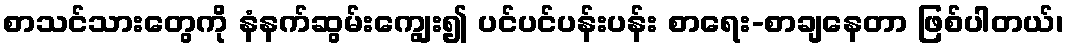
စာသင်သားတွေကို နံနက်ဆွမ်းကျွေး၍ ပင်ပင်ပန်းပန်း စာရေး-စာချနေတာ ဖြစ်ပါတယ်၊